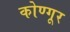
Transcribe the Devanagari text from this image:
कोण्गूर